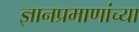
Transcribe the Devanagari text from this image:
ज्ञानप्रमाणांच्या